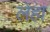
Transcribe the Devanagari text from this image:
लेहा